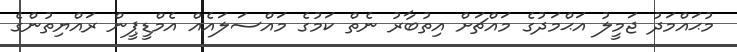
މުޙައްމަދު ޖަމީލު އަޙްމަދުގެ މައްޗަށް އިތުބާރު ނެތް ކަމުގެ މައްސަލައެއް އެމްޑީޕީން ރައްޔިތުންގެ